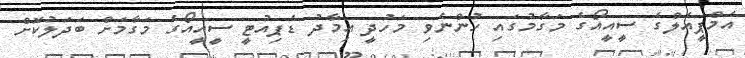
އެމްޕީއެލްގެ ސީއީއޯގެ މަގާމުގައި ހުންނެވި މަހުދީ އިމާދު ޑެޕިއުޓީ ސީއީއޯގެ މަގާމަށް ބަދަލުކޮށް